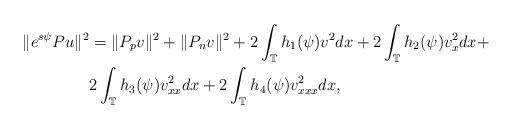
LaTeX: \begin{align*} \|e^{s\psi}Pu\|^2&=\|P_pv\|^2+\|P_nv\|^2+2\int_{\mathbb{T}}h_1(\psi)v^2dx+2\int_{\mathbb{T}}h_2(\psi)v_{x}^{2}dx+\\ &2\int_{\mathbb{T}}h_3(\psi)v_{xx}^{2}dx+2\int_{\mathbb{T}}h_4(\psi)v_{xxx}^{2}dx,\end{align*}